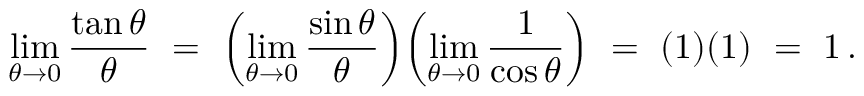
\operatorname* { l i m } _ { \theta \to 0 } { \frac { \tan \theta } { \theta } } \ = \ \left( \operatorname* { l i m } _ { \theta \to 0 } { \frac { \sin \theta } { \theta } } \right) \! \left( \operatorname* { l i m } _ { \theta \to 0 } { \frac { 1 } { \cos \theta } } \right) \ = \ ( 1 ) ( 1 ) \ = \ 1 \, .